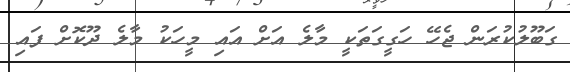
ގަބޫލުކުރަން ޖެހޭ ހަގީގަތަކީ މާލެ އަށް އައި މީހަކު މާލެ ދޫކޮށް ފައި